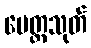
မေတ္တသုတ်